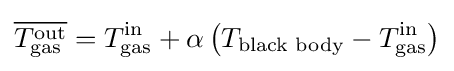
{\overline {T_{\text{gas}}^{\text{out}}}}=T_{\text{gas}}^{\text{in}}+\alpha \left(T_{\text{black body}}-T_{\text{gas}}^{\text{in}}\right)